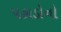
પહાડોનો